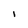
Character: l